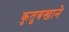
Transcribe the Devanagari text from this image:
कुतुबखाने